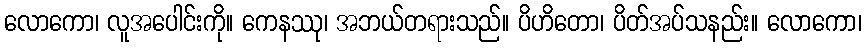
လောကော၊ လူအပေါင်းကို။ ကေနဿု၊ အဘယ်တရားသည်။ ပိဟိတော၊ ပိတ်အပ်သနည်း။ လောကော၊